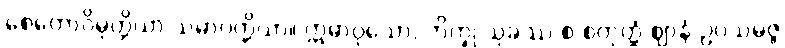
စေတောဝိမုတ္တိယာ သမာပတ္တိယာ။ ဣဓာဝုသော, ဘိက္ခု သုခဿ စ စတုတ္ထံ ဈာနံ ဥပသမ္ပဇ္ဇ